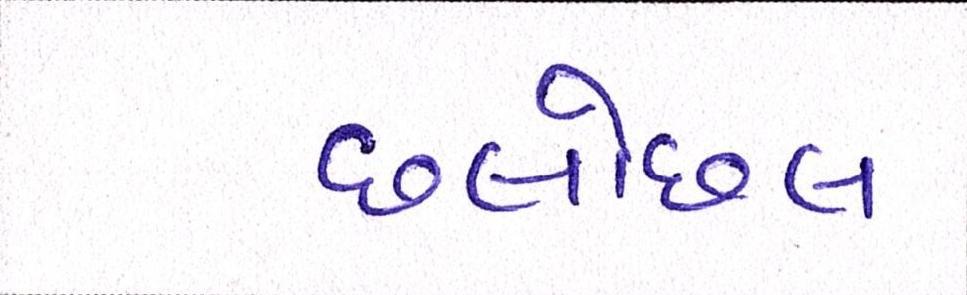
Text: છલોછલ